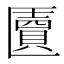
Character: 匵